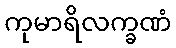
ကုမာရိလက္ခဏံ